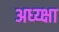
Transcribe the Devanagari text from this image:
अध्य्क्षा